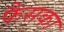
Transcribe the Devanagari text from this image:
फैसका